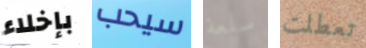
بإخلاء سيحب سلعة تعطلت